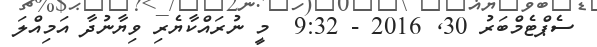
ސެޕްޓެމްބަރު 30